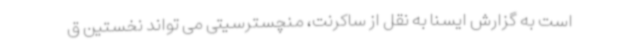
است به گزارش ایسنا به نقل از ساکرنت، منچسترسیتی می تواند نخستین ق